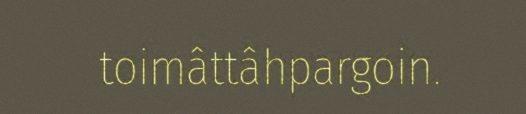
toimâttâhpargoin.